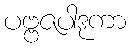
ပဗ္ဗဇပါဒုကာ